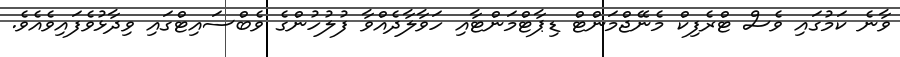
ވާނެ ކަމުގައި ވެސް ޓްރެފިކް މެނޭޖްމަންޓް ޑިޕާޓްމަންޓާއި ހަވާލާދެއްވާ ފުލުހުންގެ ވެބްސައިޓްގައި ވިދާޅުވެފައިވެއެވެ.